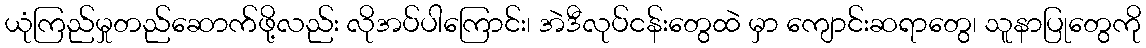
ယုံကြည်မှုတည်ဆောက်ဖို့လည်း လိုအပ်ပါကြောင်း၊ အဲဒီလုပ်ငန်းတွေထဲ မှာ ကျောင်းဆရာတွေ၊ သူနာပြုတွေကို